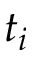
t _ { i }